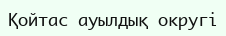
Қойтас ауылдық округі